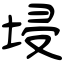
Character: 埐